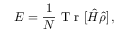
E = \frac { 1 } { N } \mathrm { ~ T ~ r ~ } [ \hat { H } \hat { \rho } ] \, ,